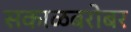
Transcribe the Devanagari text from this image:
सकाळबरोबर